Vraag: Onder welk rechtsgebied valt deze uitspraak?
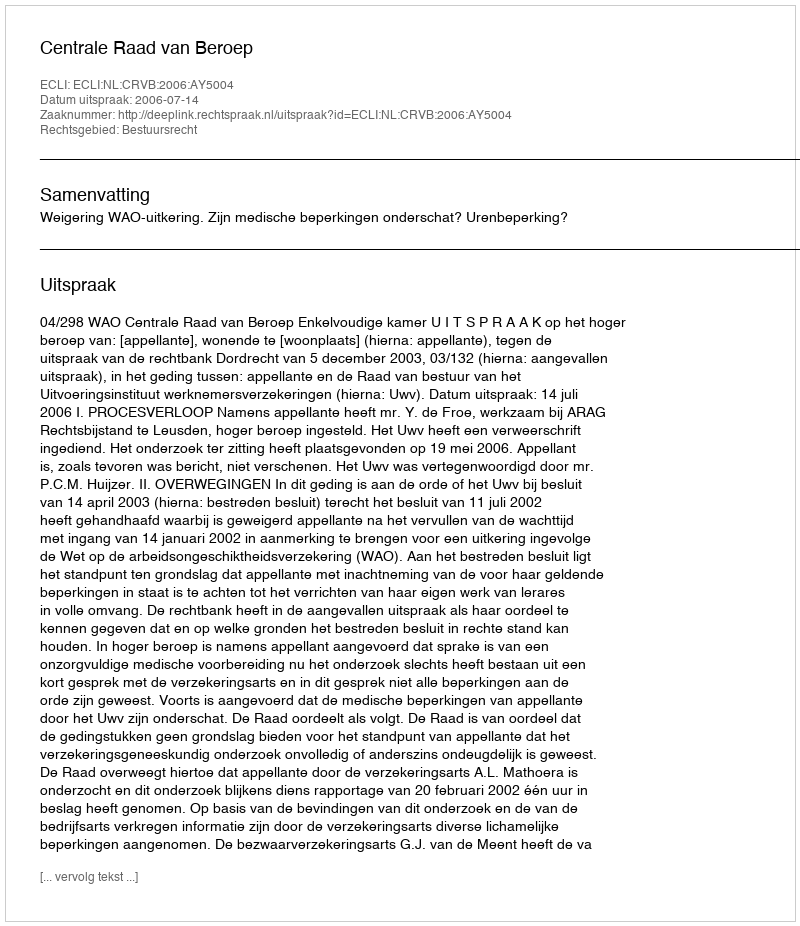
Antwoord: Bestuursrecht